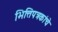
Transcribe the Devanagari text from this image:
भित्तिपत्रकांचे